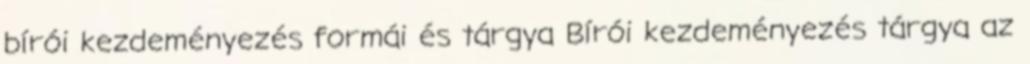
bírói kezdeményezés formái és tárgya Bírói kezdeményezés tárgya az